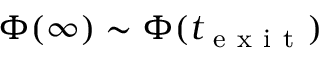
\Phi ( \infty ) \sim \Phi ( t _ { \mathrm { ~ e ~ x ~ i ~ t ~ } } )